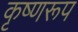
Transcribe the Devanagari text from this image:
कृष्णरूप